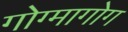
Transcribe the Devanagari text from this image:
गोग्मागोग